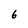
Character: 6